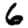
Digit: 6